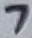
Text: 7